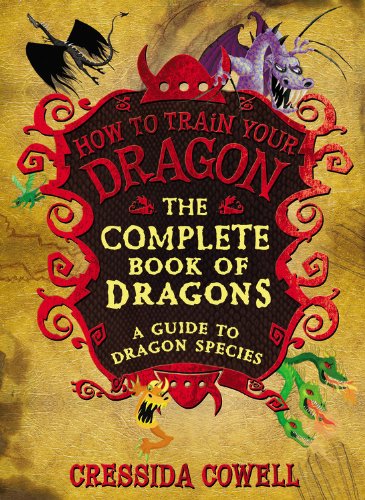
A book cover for The Complete Book of Dragons: A Guide to Dragon Species (How to Train Your Dragon); Cressida Cowell; Children's Books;